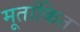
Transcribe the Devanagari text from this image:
मूतांकित